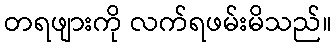
တရဖျားကို လက်ရဖမ်းမိသည်။